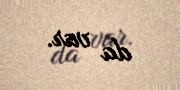
da var.